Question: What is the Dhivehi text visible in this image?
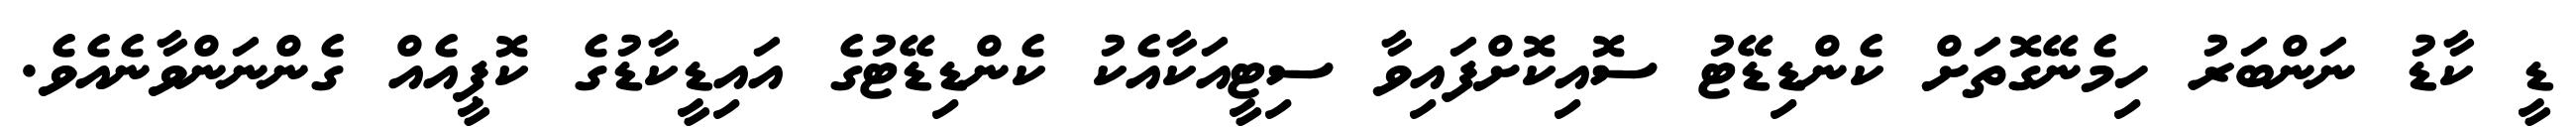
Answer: ޑީ ކާޑު ނަންބަރު ހިމެނޭގޮތަށް ކެންޑިޑޭޓު ސޮއިކޮށްފައިވާ ސިޓީއަކާއެކު ކެންޑިޑޭޓުގެ އައިޑީކާޑުގެ ކޮޕީއެއް ގެންނަންވާނެއެވެ.